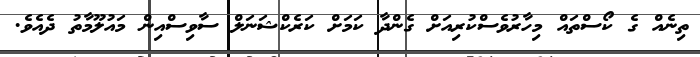
ތިނެއް ގެ ކޯސްތައް މިހާރުވެސްކުރިއަށް ގެންދާ ކަމަށް ކަރެކްޝަނަލް ސާވިސްއިން މައުލޫމާތު ދެއެވެ.